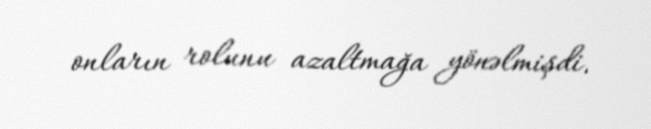
onların rolunu azaltmağa yönəlmişdi.